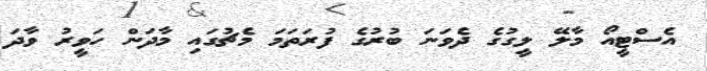
އެސްޓީއޯ މާލޭ ލީގުގެ ދެވަނަ ބުރުގެ ފުރަތަމަ މެޗުގައި މާދަން ހަވީރު ވާދަ